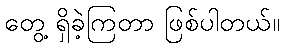
တွေ့ ရှိခဲ့ကြတာ ဖြစ်ပါတယ်။